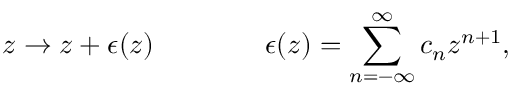
z \rightarrow z + \epsilon ( z ) \qquad \qquad \epsilon ( z ) = \sum _ { n = - \infty } ^ { \infty } c _ { n } z ^ { n + 1 } ,